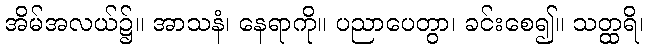
အိမ်အလယ်၌။ အာသနံ၊ နေရာကို။ ပညာပေတွာ၊ ခင်းစေ၍။ သတ္ထရိ၊